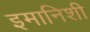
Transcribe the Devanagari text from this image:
इमानिशी